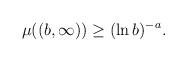
LaTeX: \begin{align*}\mu( (b, \infty)) \geq (\ln b)^{-a}. \end{align*}